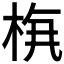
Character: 𱣔